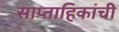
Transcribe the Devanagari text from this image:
साप्ताहिकांची